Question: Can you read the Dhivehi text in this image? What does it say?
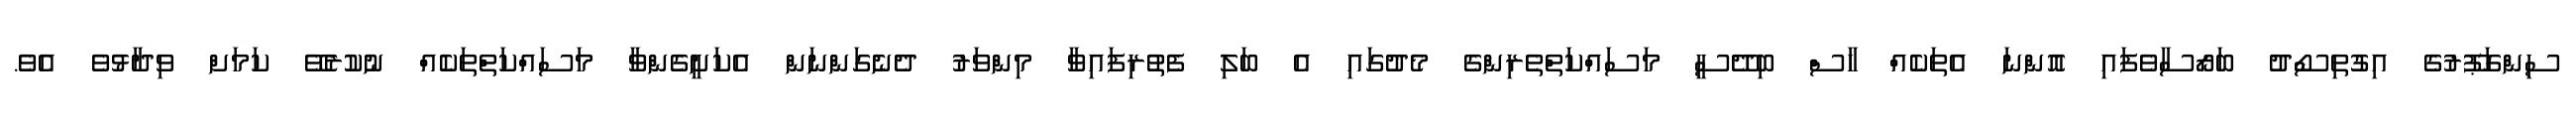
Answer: ސިންގަޕޫރުގެ އިގުތިސޯދު ބަރޯސާވެފައި އޮންނަ އެތަކެއް ހާސް ބިދޭސީ މަސައްކަތްތެރިންގެ މެދުގައި އެ ބަލި ފެތުރިފައިވާ މިންވަރު ދެނެގަންނަން އެކަށީގެންވާ މަސައްކަތްތަކެއް ނުކުރެވޭ ކަމަށް ވިދާޅުވެ އެވެ.